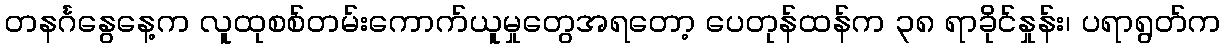
တနင်္ဂနွေနေ့က လူထုစစ်တမ်းကောက်ယူမှုတွေအရတော့ ပေတုန်ထန်က ၃၈ ရာခိုင်နှုန်း၊ ပရာရွတ်က